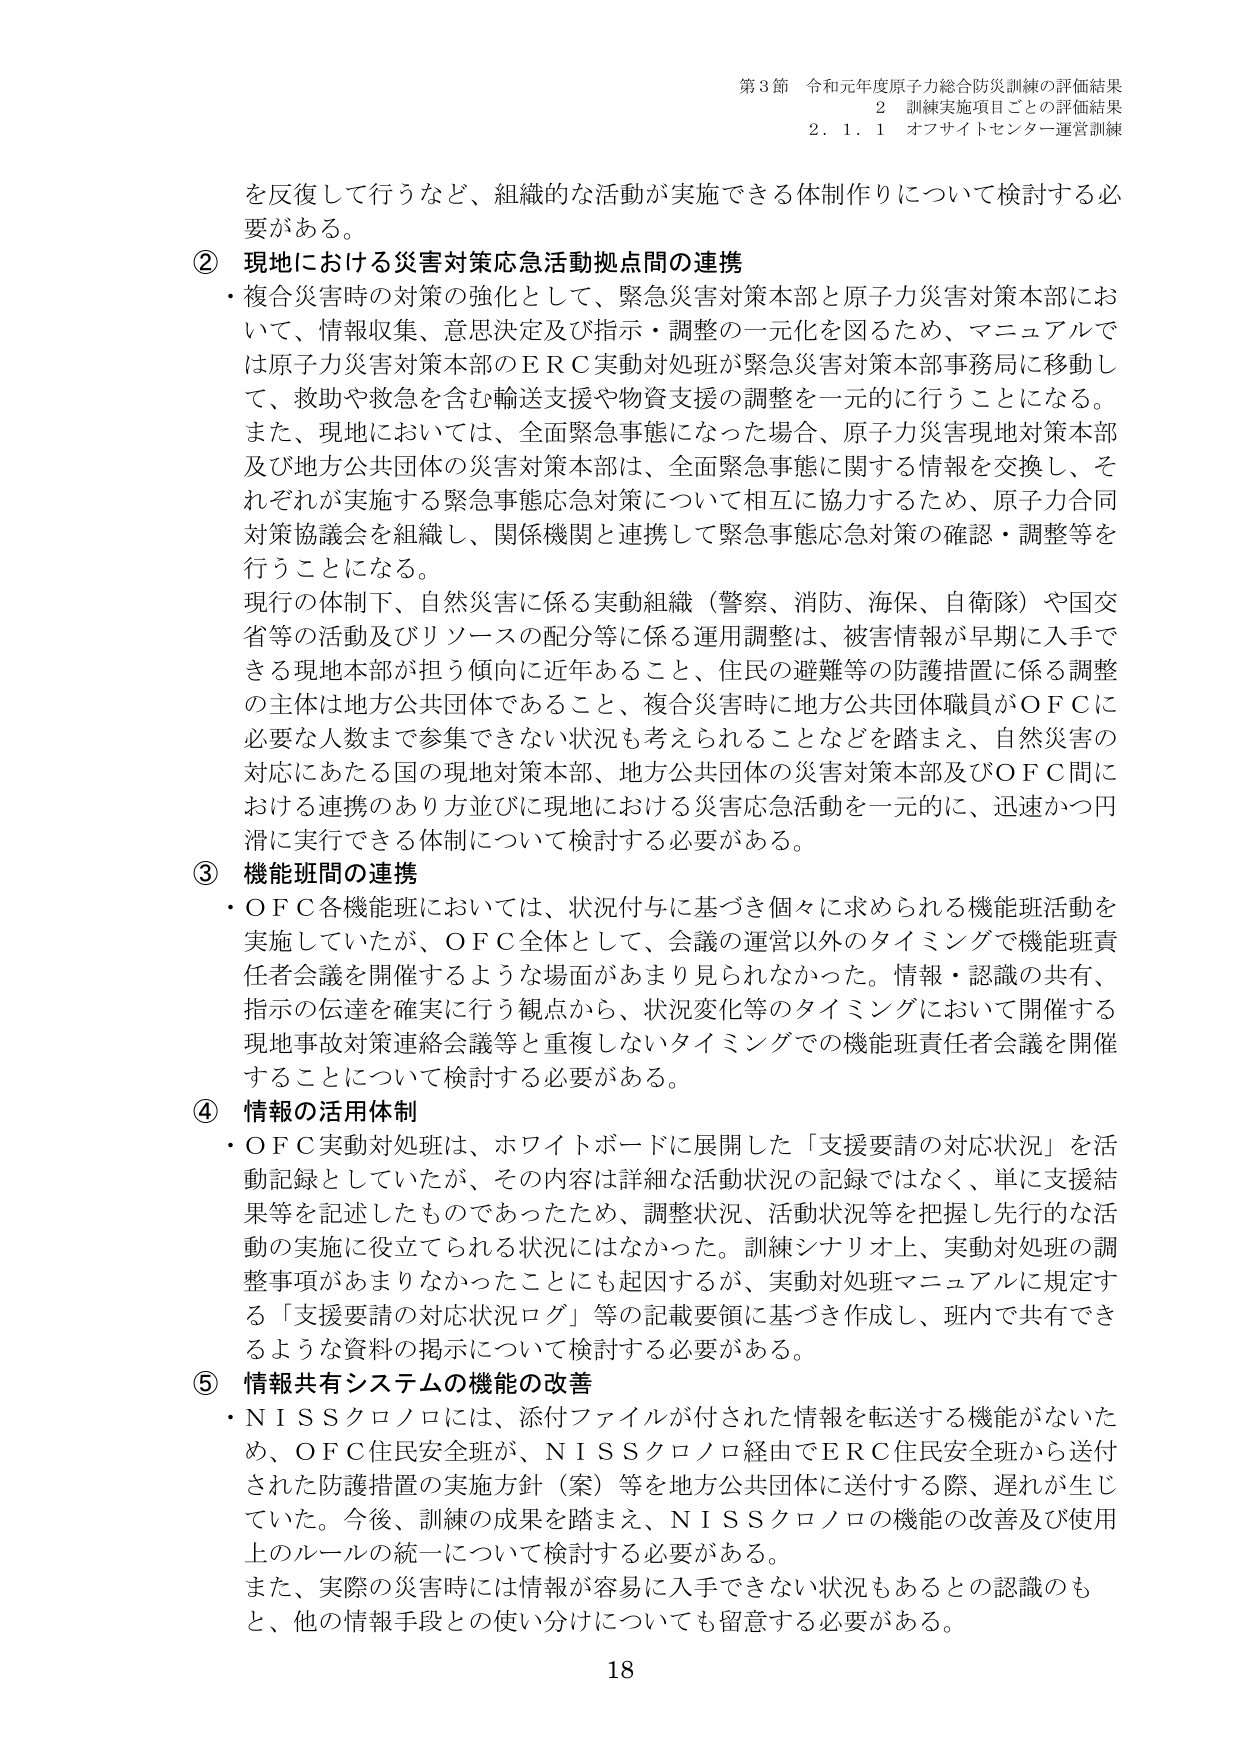
第3節 令和元年度原子力総合防災訓練の評価結果
2 訓練実施項目ごとの評価結果
2.1.1 オフサイトセンター運営訓練

を反復して行うなど、組織的な活動が実施できる体制作りについて検討する必要がある。

② 現地における災害対策応急活動拠点間の連携
・複合災害時の対策の強化として、緊急災害対策本部と原子力災害対策本部において、情報収集、意思決定及び指示・調整の一元化を図るため、マニュアルでは原子力災害対策本部のＥＲＣ実動対処班が緊急災害対策本部事務局に移動して、救助や救急を含む輸送支援や物資支援の調整を一元的に行うことになる。また、現地においては、全面緊急事態になった場合、原子力災害現地対策本部及び地方公共団体の災害対策本部は、全面緊急事態に関する情報を交換し、それぞれが実施する緊急事態応急対策について相互に協力するため、原子力合同対策協議会を組織し、関係機関と連携して緊急事態応急対策の確認・調整等を行うことになる。
現行の体制下、自然災害に係る実動組織（警察、消防、海保、自衛隊）や国交省等の活動及びリソースの配分等に係る運用調整は、被害情報が早期に入手できる現地本部が担う傾向に近年あること、住民の避難等の防護措置に係る調整の主体は地方公共団体であること、複合災害時に地方公共団体職員がＯＦＣに必要な人数まで参集できない状況も考えられることなどを踏まえ、自然災害の対応にあたる国の現地対策本部、地方公共団体の災害対策本部及びＯＦＣ間における連携のあり方並びに現地における災害応急活動を一元的に、迅速かつ円滑に実行できる体制について検討する必要がある。

③ 機能班間の連携
・ＯＦＣ各機能班においては、状況付与に基づき個々に求められる機能班活動を実施していたが、ＯＦＣ全体として、会議の運営以外のタイミングで機能班責任者会議を開催するような場面があまり見られなかった。情報・認識の共有、指示の伝達を確実に行う観点から、状況変化等のタイミングにおいて開催する現地事故対策連絡会議等と重複しないタイミングでの機能班責任者会議を開催することについて検討する必要がある。

④ 情報の活用体制
・ＯＦＣ実動対処班は、ホワイトボードに展開した「支援要請の対応状況」を活動記録としていたが、その内容は詳細な活動状況の記録ではなく、単に支援結果等を記述したものであったため、調整状況、活動状況等を把握し先行的な活動の実施に役立てられる状況にはなかった。訓練シナリオ上、実動対処班の調整事項があまりなかったことにも起因するが、実動対処班マニュアルに規定する「支援要請の対応状況ログ」等の記載要領に基づき作成し、班内で共有できるような資料の掲示について検討する必要がある。

⑤ 情報共有システムの機能の改善
・ＮＩＳＳクロノロには、添付ファイルが付された情報を転送する機能がないため、ＯＦＣ住民安全班が、ＮＩＳＳクロノロ経由でＥＲＣ住民安全班から送付された防護措置の実施方針（案）等を地方公共団体に送付する際、遅れが生じていた。今後、訓練の成果を踏まえ、ＮＩＳＳクロノロの機能の改善及び使用上のルールの統一について検討する必要がある。
また、実際の災害時には情報が容易に入手できない状況もあるとの認識のもと、他の情報手段との使い分けについても留意する必要がある。

18